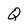
Character: Q